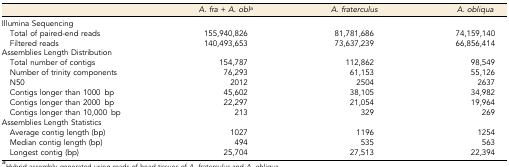
|  | A. fra + A. obla | A. fraterculus | A. obliqua |
 | --- | --- | --- | --- |
 | Illumina Sequencing |  |  |  |
 | Total of paired-end reads | 155,940,826 | 81,781,686 | 74,159,140 |
 | Filtered reads | 140,493,653 | 73,637,239 | 66,856,414 |
 | <COLSPAN=4> Assemblies Length Distribution |
 | Total number of contigs | 154,787 | 112,862 | 98,549 |
 | Number of trinity components | 76,293 | 61,153 | 55,126 |
 | N50 | 2012 | 2504 | 2637 |
 | Contigs longer than 1000 bp | 45,602 | 38,105 | 34,982 |
 | Contigs longer than 2000 bp | 22,297 | 21,054 | 19,964 |
 | Contigs longer than 10,000 bp | 213 | 329 | 269 |
 | <COLSPAN=4> Assemblies Length Statistics |
 | Average contig length (bp) | 1027 | 1196 | 1254 |
 | Median contig length (bp) | 494 | 535 | 563 |
 | Longest contig (bp) | 25,704 | 27,513 | 22,394 |